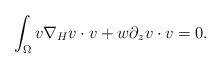
LaTeX: \begin{align*}\int_{\Omega} v \nabla_H v \cdot v + w\partial_z v \cdot v = 0.\end{align*}